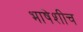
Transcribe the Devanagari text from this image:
भाषेशीच